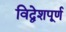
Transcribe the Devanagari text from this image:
विद्वेशपूर्ण